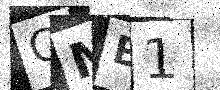
Text: CMB1